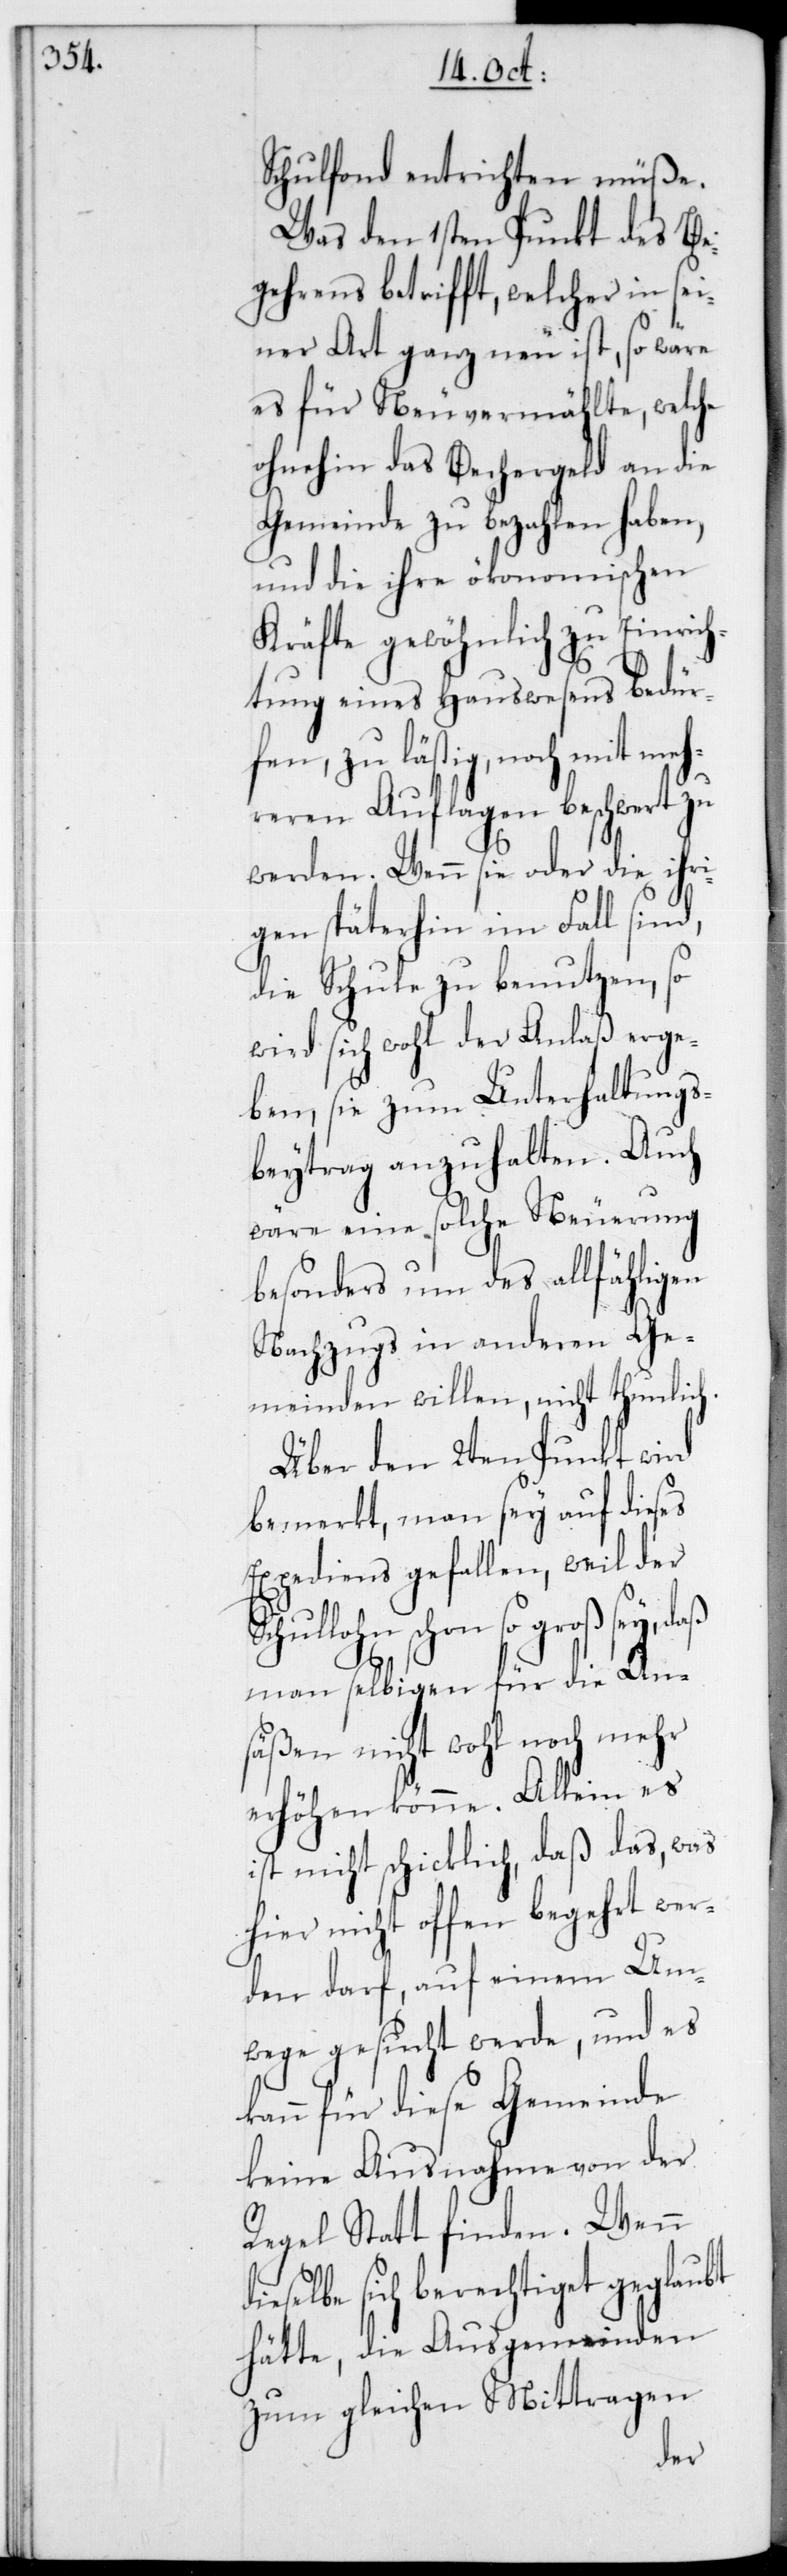
Schulfonds entrichten müße.
Was den ersten Punkt des Be¬
gehrens betrifft, welcher in sei¬
ner Art ganz neu ist, so wäre
es für Neuvermählte, welche
ohnehin das Bechergeld an die
Gemeinde zu bezahlen haben,
und die ihre ökonomischen
Kräfte gewöhnlich zu Einrich¬
tung eines Hauswesens bedür¬
fen, zu lästig, noch mit meh¬
reren Auflagen beschwert zu
werden. Wenn sie oder die ihri¬
gen späterhin im Fall sind,
die Schule zu benutzen, so
wird sich wohl der Anlaß erge¬
ben, sie zum Unterhaltungs¬
beytrag anzuhalten. Auch
wäre eine solche Neuerung
besonders um des allfähligen
Nachzugs in anderen Ge¬
meinden willen, nicht thunlich.
Über den zweyten Punkt wird
bemerkt, man sey auf dieses
Expediens gefallen, weil der
Schullohn schon so groß sey,
man selbigen für die An¬
säßen nicht wohl noch mehr
erhöhen könne. Allein es
ist nicht schicklich, daß das, was
hier nicht offen begehrt wer¬
den darf, auf einem Um¬
wege gesucht werde, und es
kann für diese Gemeinde
keine Ausnahme von der
Regel Statt finden. Wenn
ieselbe sich berechtiget geglaubt
hätte, die Ausgemeinden
zum gleichen Mittragen
d¬